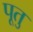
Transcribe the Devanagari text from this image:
पूतु